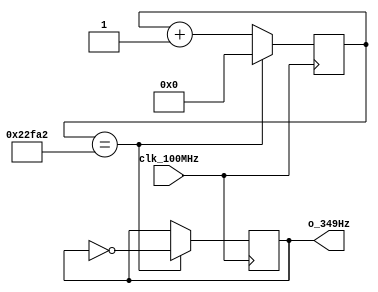
// This program was cloned from: https://github.com/FPGADude/Digital-Design
// License: GNU General Public License v3.0

`timescale 1ns / 1ps
//////////////////////////////////////////////////////////////////////////////////
// Authored by David J. Marion aka FPGA Dude
// Created on 4/29/2022
// Using Vivado 2021.2
// Generating 349Hz signal for music tone 'f'
//////////////////////////////////////////////////////////////////////////////////

module f_349Hz(
    input clk_100MHz,
    output o_349Hz  
    );
    
    // 100MHz / 143,266 / 2 = 349.0012Hz
    reg r_349Hz;
    reg [17:0] r_counter = 0;
    
    always @(posedge clk_100MHz)
        if(r_counter == 18'd143_266) begin
            r_counter <= 0;
            r_349Hz <= ~r_349Hz;
            end
        else
            r_counter <= r_counter + 1;

    assign o_349Hz = r_349Hz;
    
endmodule